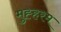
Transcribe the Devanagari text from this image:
मुह्हरम